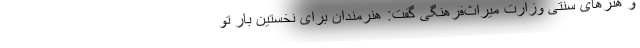
و هنرهای سنتی وزارت میراث‌فرهنگی گفت: هنرمندان برای نخستین بار تو